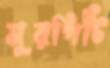
মুরগিটি